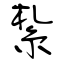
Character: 紮